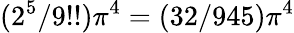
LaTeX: (2^{5}/9!!)\pi^{4}=(32/945)\pi^{4}